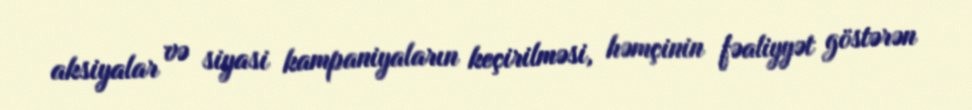
aksiyalar və siyasi kampaniyaların keçirilməsi, həmçinin fəaliyyət göstərən